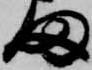
ま